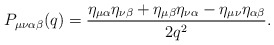
\begin{align*}P_{\mu\nu\alpha\beta}(q)=\frac{\eta_{\mu\alpha}\eta_{\nu\beta}+\eta_{\mu\beta}\eta_{\nu\alpha}-\eta_{\mu\nu}\eta_{\alpha\beta}}{2q^2}.\end{align*}